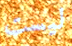
ليست